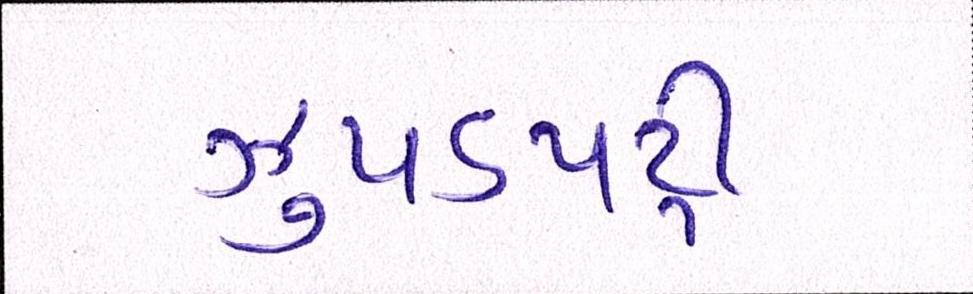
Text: ઝુપડપટ્ટી